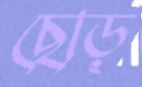
ছোড়্‌